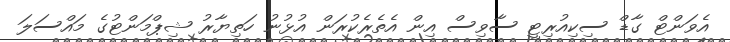
އެވަންޓް ގާޑް ސިކިއުރިޓީ ސާވިސް އިން އެތެރެކުރަން އުޅުނު ހަތިޔާރު ޝިޕްމަންޓުގެ މައްސަލަ